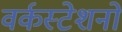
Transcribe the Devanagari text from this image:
वर्कस्टेशनों